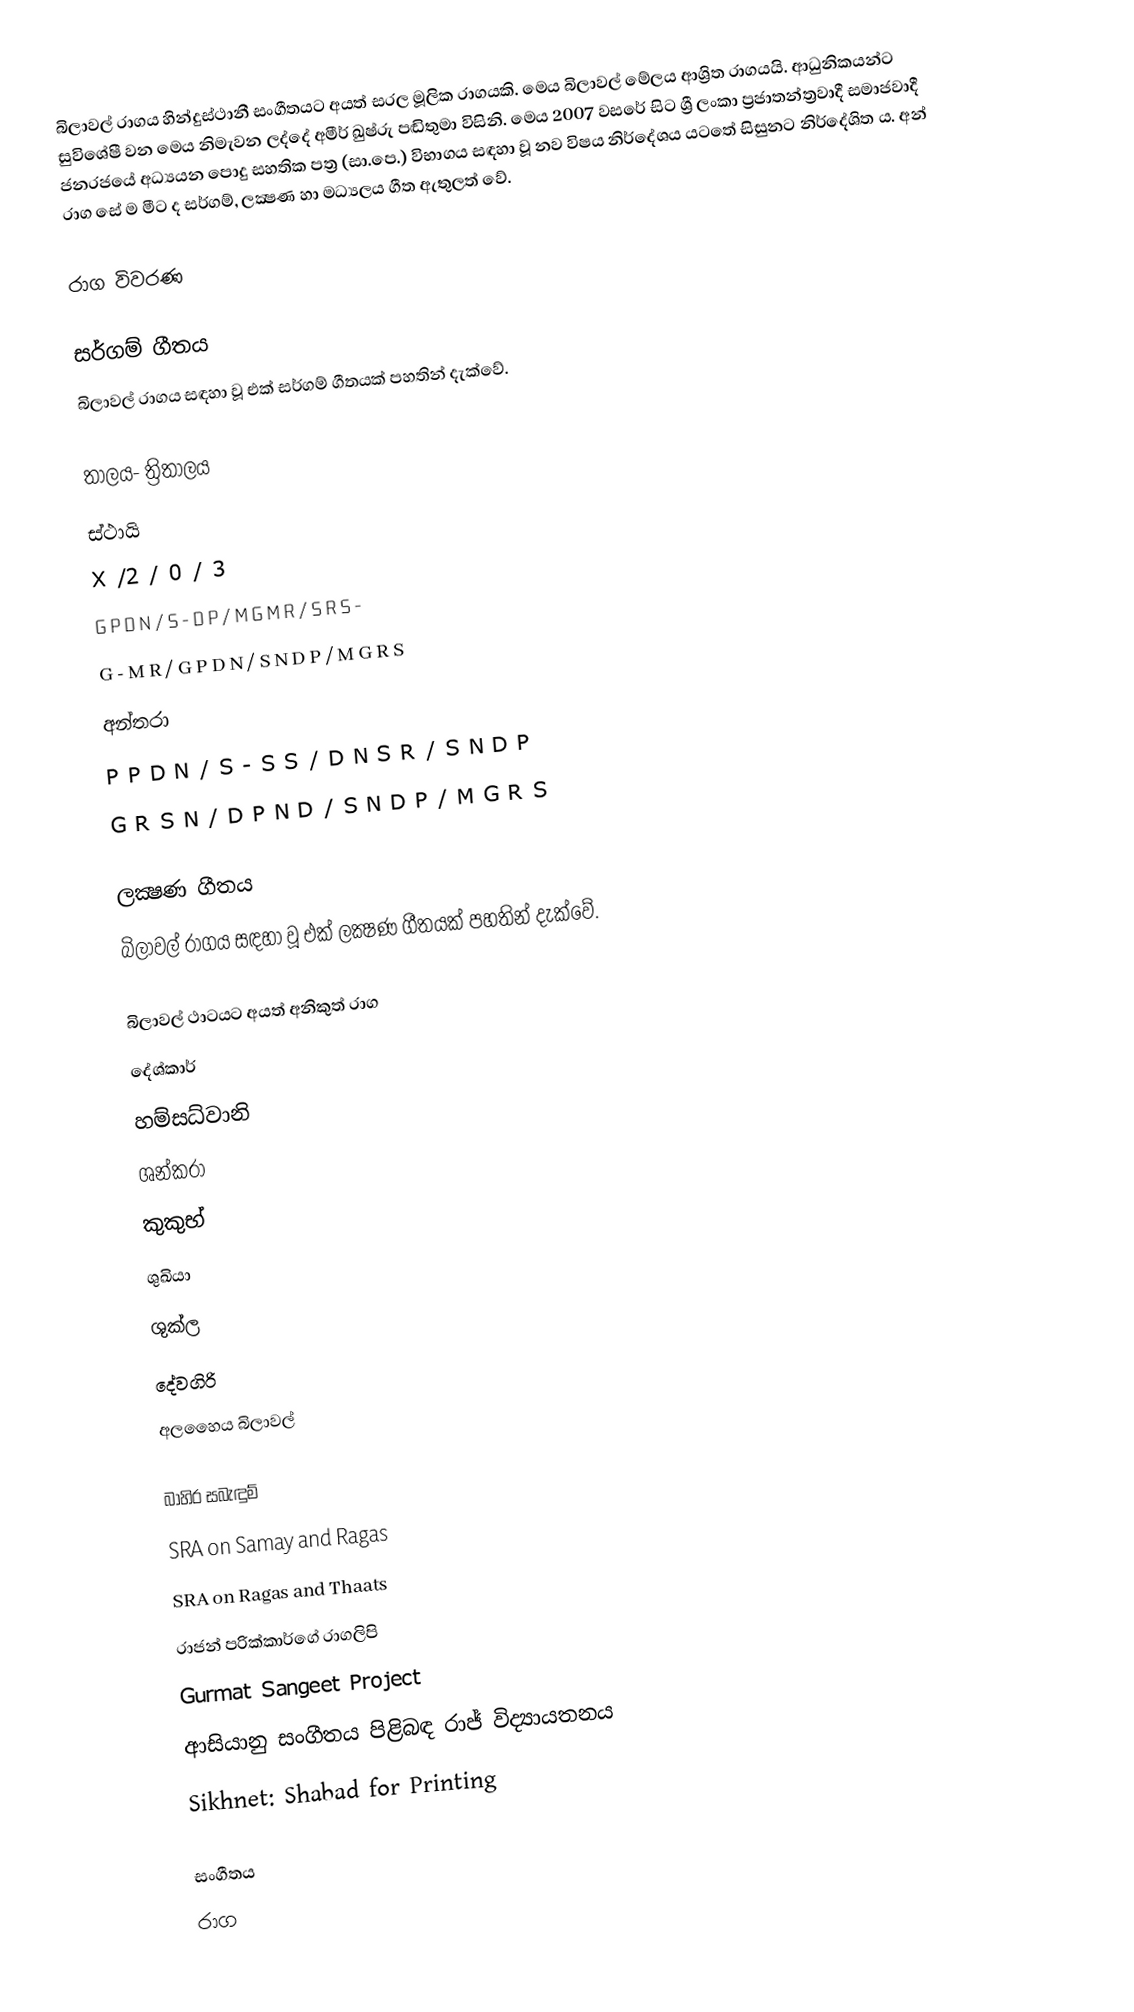
බිලාවල් රාගය හින්දුස්ථානී සංගීතයට අයත් සරල මූලික රාගයකි. මෙය බිලාවල් මේලය ආශ්‍රිත රාගයයි. ආධුනිකයන්ට සුවිශේෂී වන මෙය නිමැවන ලද්දේ අමීර් ඛුෂ්රු පඬිතුමා විසිනි. මෙය 2007 වසරේ සිට ශ්‍රී ලංකා ප්‍රජාතන්ත්‍රවාදී සමාජවාදී ජනරජයේ අධ්‍යයන පොදු සහතික පත්‍ර  (සා.පෙ.) විභාගය සඳහා වූ නව විෂය නිර්දේශය යටතේ සිසුනට නිර්දේශිත ය. අන් රාග සේ ම මීට ද සර්ගම්, ලක්‍ෂණ හා මධ්‍යලය ගීත ඇතුලත් වේ.

රාග විවරණ

සර්ගම් ගීතය
බිලාවල් රාගය සඳහා වූ එක් සර්ගම් ගීතයක් පහතින් දැක්වේ.

තාලය- ත්‍රිතාලය
ස්ථායි
X        /2        / 0       / 3
G P D N / S - D P / M G M R / S R S -
G - M R / G P D N / S N D P / M G R S
අන්තරා
P P D N / S - S S / D N S R / S N D P
G R S N / D P N D / S N D P / M G R S

ලක්‍ෂණ ගීතය
බිලාවල් රාගය සඳහා වූ එක් ලක්‍ෂණ ගීතයක් පහතින් දැක්වේ.

බිලාවල් ථාටයට අයත් අනිකුත් රාග
දේශ්කාර්
හම්සධ්වානි
ශන්කරා
කුකුභ්
ශුඛියා
ශුක්ල
දේවගිරි
අලහෛය බිලාවල්

බාහිර සබැඳුම්
 SRA on Samay and Ragas
 SRA on Ragas and Thaats
 රාජන් පරික්කාර්ගේ රාගලිපි
  Gurmat Sangeet Project
  ආසියානු සංගීතය පිළිබඳ රාජ් විද්‍යායතනය
 Sikhnet: Shabad for Printing

සංගීතය
රාග